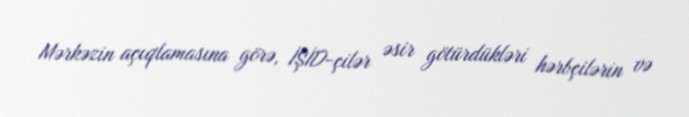
Mərkəzin açıqlamasına görə, İŞİD-çilər əsir götürdükləri hərbçilərin və